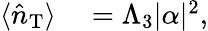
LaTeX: \begin{array}{rl}{\langle\hat{n}_{\mathrm{{T}}}\rangle}&{{}=\Lambda_{3}|\alpha|^{2},}\end{array}